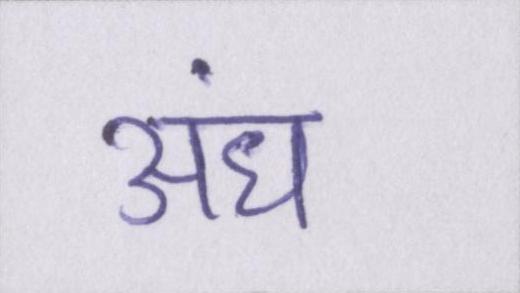
अंध